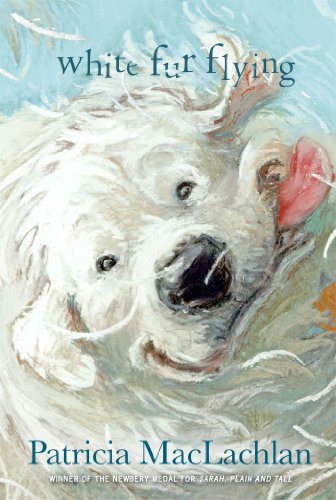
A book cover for White Fur Flying; Patricia MacLachlan; Children's Books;